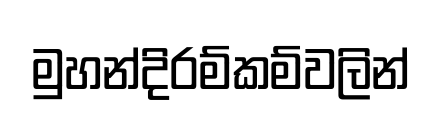
මුහන්දිරම්කම්වලින්